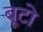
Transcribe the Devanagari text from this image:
बूटो